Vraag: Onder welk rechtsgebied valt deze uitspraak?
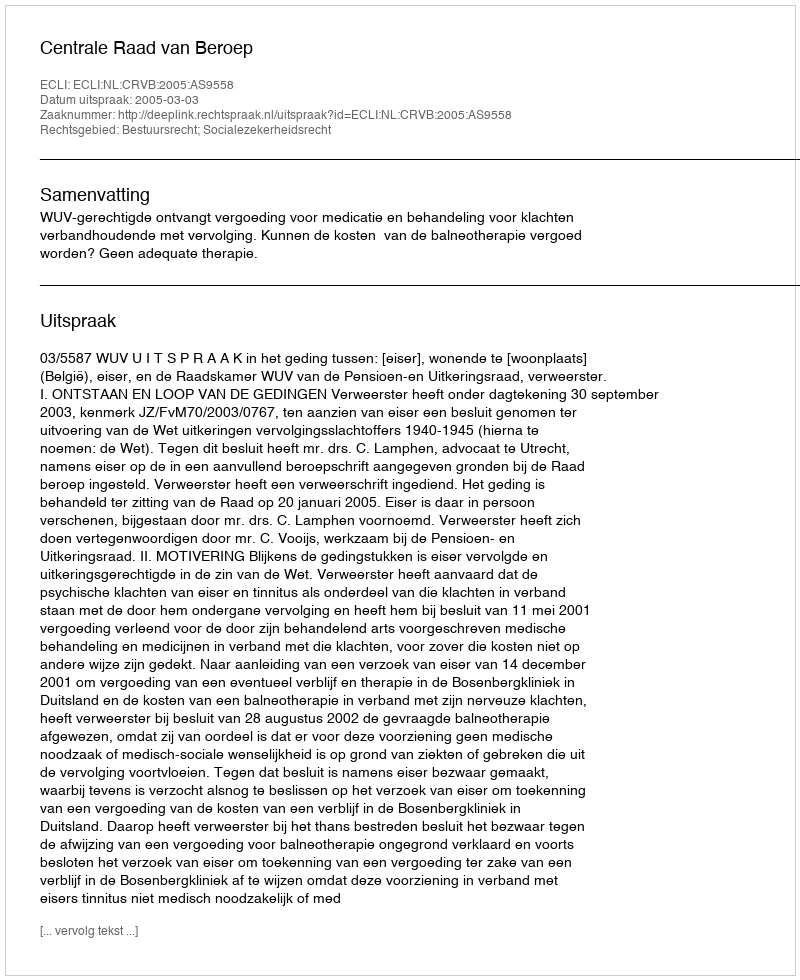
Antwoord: Bestuursrecht; Socialezekerheidsrecht